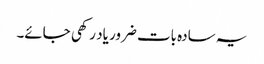
یہ سادہ بات ضرور یاد رکھی جائے۔